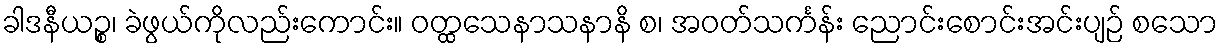
ခါဒနီယဉ္စ၊ ခဲဖွယ်ကိုလည်းကောင်း။ ဝတ္ထသေနာသနာနိ စ၊ အဝတ်သင်္ကန်း ညောင်းစောင်းအင်းပျဉ် စသော